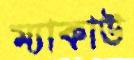
ম্যাকাউ